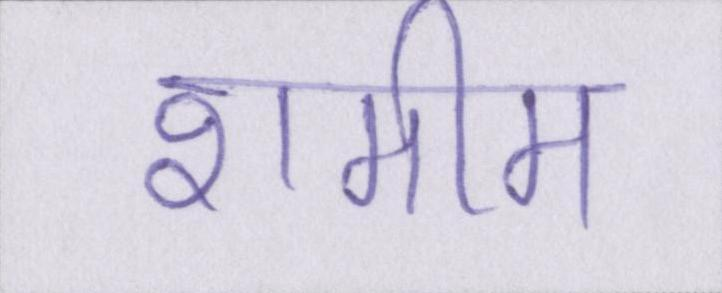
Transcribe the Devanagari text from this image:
शमीम